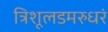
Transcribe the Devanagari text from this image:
त्रिशूलडमरुधरं